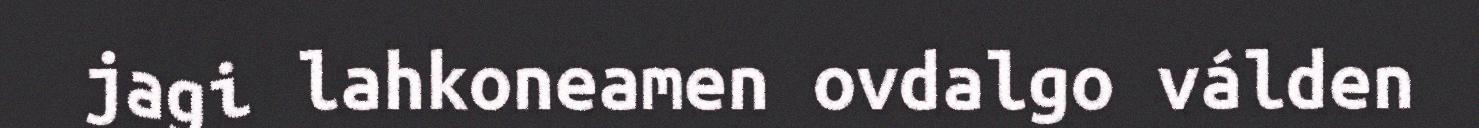
jagi lahkoneamen ovdalgo válden